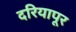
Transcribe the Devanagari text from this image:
दरियापूर